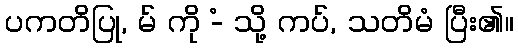
ပကတိပြု, မ် ကို -ံ သို့ ကပ်, သတိမံ ပြီး၏။